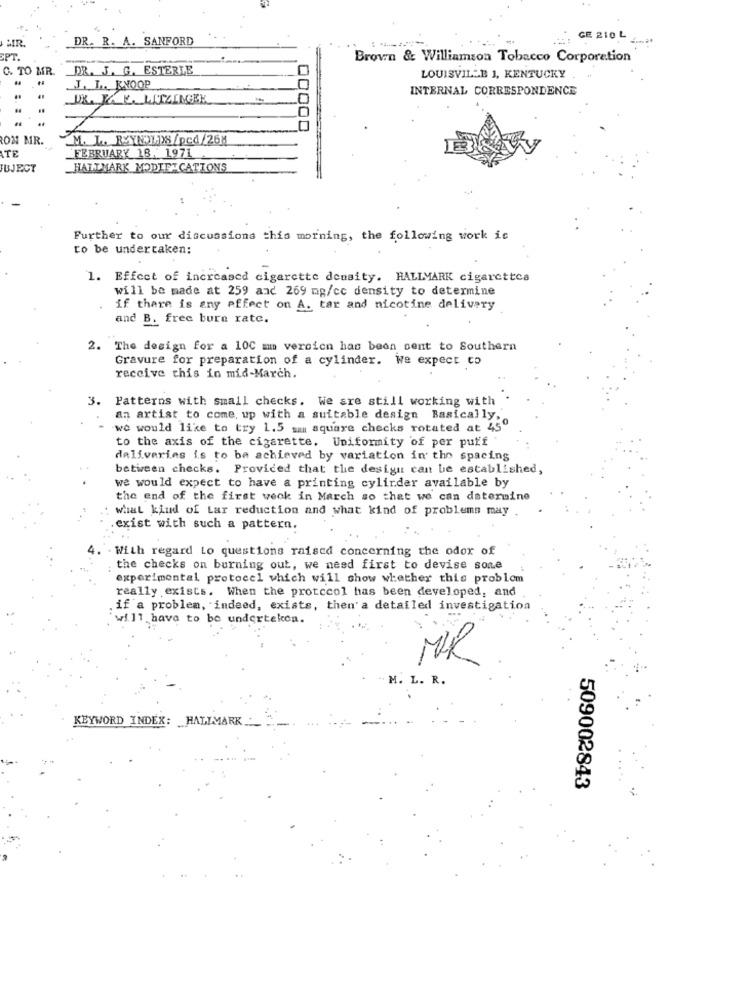
MR.
DR. R. A. SANFORD
GE 210 L
SPT.
Brown & Williamson Tobacco Corporation
C. TO MR.
DR. J. G. ESTERLE
LOUISVILLE 1, KENTUCKY .
J. L. KNOOP
INTERNAL CORRESPONDENCE
DR. KE. LUTZINGEK
00000
OM MR.
M. L. RWIDS/pcd/268
TE
FEBRUARY 18.1971
FBJECT
HALLMARK MODIET CATIONS
Further to our discussions this morning, the following work is
to be undertaken:
1. Effect of increased cigarette density. HALLMARK cigarettes
will be made at 259 and 269 mg/cc density to determine
if there is any effect on A. tar and nicotine delivery
and B. free burn rate.
2. The design for a 100 mm vercicn has been sent to Southern
Gravure for preparation of a cylinder. We expect co
receive this in mid-March.
Patterns with small checks. We are still working with
an artist to come, up with a suitable design Basically,'
we would like to try 1.5 sa square checks rotated at 45"
to the axis of the cigarette. Uniformity of per puff
deliveries is to be achieved by variation in the spacing
between checks. Provided that the design can be established,
we would expect to have a printing cylinder available by
the end of the first weok in March so that we can datermine
what kind of Lar reduction and what kind of problems may .
exist with such a pattern.
With regard to questions raised concerning the odor of
the checks on burning out, we need first to devise sone
experimental protocel which will show whether this problem
really exists. When the protocol has been developed, and
if a problem, indeed, exists, then'a detailed investigation
will have to be underteken.
MIR
M. L. R.
KEYWORD INDEX: HALLMARK
509002843